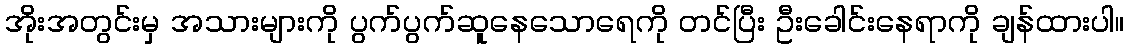
အိုးအတွင်းမှ အသားများကို ပွက်ပွက်ဆူနေသောရေကို တင်ပြီး ဦးခေါင်းနေရာကို ချန်ထားပါ။